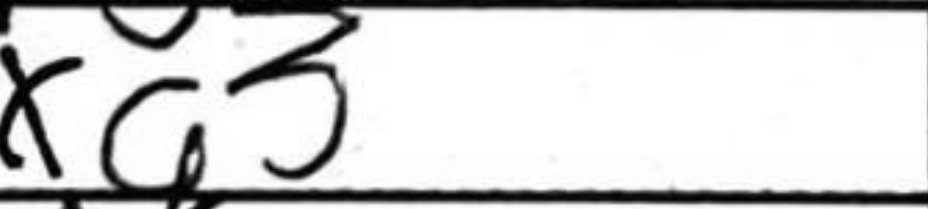
Transcription: Nxg3